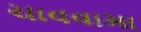
ચાવવામા